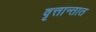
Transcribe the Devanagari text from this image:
वृत्तान्तात